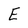
Character: E